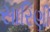
સારિણી